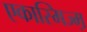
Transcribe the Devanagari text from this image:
एकास्मिज्म़